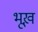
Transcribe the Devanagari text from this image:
भूख़